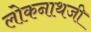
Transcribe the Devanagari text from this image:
लोकनाथजी